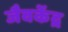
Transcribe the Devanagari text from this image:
जैवकेंद्र